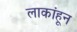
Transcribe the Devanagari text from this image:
लाकांहून